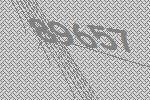
89657